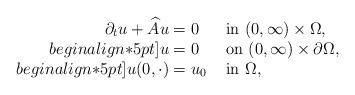
LaTeX: \begin{align*}\begin{array}{r@{}c@{}ll} \partial_t u + \widehat A u & {} = {} & 0 & \mbox{ in } (0,\infty ) \times \Omega , \\begin{align*}5pt] u & = & 0 & \mbox{ on } (0,\infty ) \times \partial\Omega , \\begin{align*}5pt] u (0,\cdot ) & = & u_{0} & \mbox{ in } \Omega ,\end{array}\end{align*}